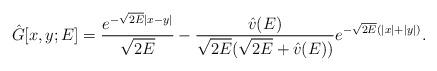
LaTeX: \begin{align*}\hat{G}[x, y; E] = \frac{e^{-\sqrt{2E} |x - y|}}{\sqrt{2E}} - \frac{\hat{v}(E)}{\sqrt{2E} ( \sqrt{2E} + \hat{v}(E) )}e^{-\sqrt{2E} (|x| + |y|)}.\end{align*}